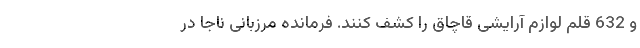
و 632 قلم لوازم آرایشی قاچاق را کشف کنند. فرمانده مرزبانی ناجا در